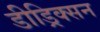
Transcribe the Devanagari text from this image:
डीड्रिक्सन